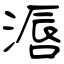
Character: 滣